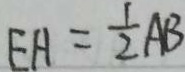
E H = \frac { 1 } { 2 } A B